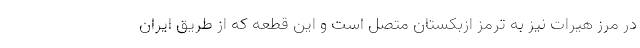
در مرز هیرات نیز به ترمز ازبکستان متصل است و این قطعه که از طریق ایران